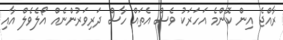
ރާއްޖެ އިން ކޮންމެ އަހަރަކު ވެސް އެތައް ހާސް ދަރިވަރުންނެއް އޯލެވެލް އާއި